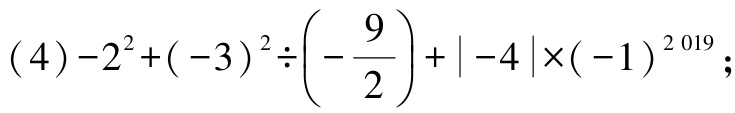
\((4)-2^{2}+(-3)^{2}\div\left(-\dfrac{9}{2}\right)+\vert -4\vert\times(-1)^{2019}\)